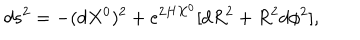
d s ^ { 2 } = - ( d X ^ { 0 } ) ^ { 2 } + e ^ { 2 H X ^ { 0 } } [ d R ^ { 2 } + R ^ { 2 } d \phi ^ { 2 } ] ,